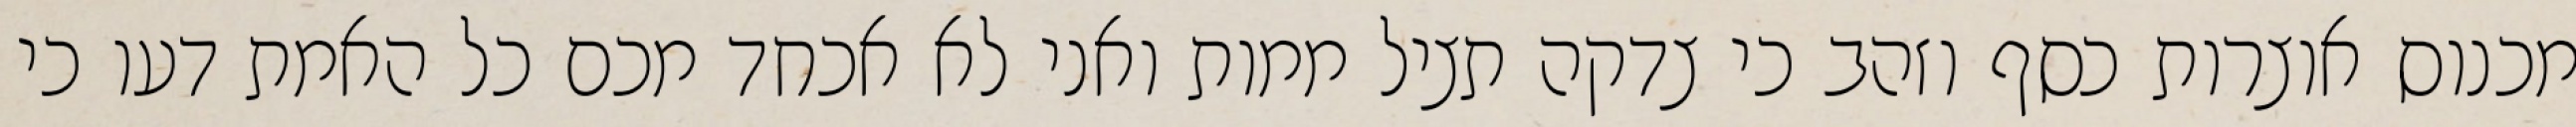
מכנוס אוצרות כסף וזהב כי צדקה תציל ממות ואני לא אכחד מכם כל האמת דעו כי